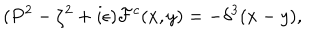
( P ^ { 2 } - \zeta ^ { 2 } + i \epsilon ) { \cal F } ^ { c } ( x , y ) = - \delta ^ { 3 } ( x - y ) ,